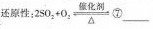
还原性:$$2 S O _ { 2 } + O _ { 2 } \underset { \Delta } { \overset { 催 化 剂 } { \rightleftharpoons } }$$ ⑦___